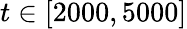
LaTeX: t\in[2000,5000]